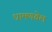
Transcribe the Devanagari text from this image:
धामणवेल